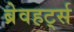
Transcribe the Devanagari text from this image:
ब्रेवहर्ट्स